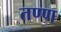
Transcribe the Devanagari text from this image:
तण्ण